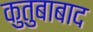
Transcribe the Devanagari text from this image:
कुतुबाबाद